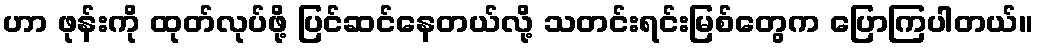
ဟာ ဖုန်းကို ထုတ်လုပ်ဖို့ ပြင်ဆင်နေတယ်လို့ သတင်းရင်းမြစ်တွေက ပြောကြပါတယ်။